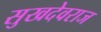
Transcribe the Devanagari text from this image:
सुखदेवराज